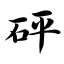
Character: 砰